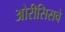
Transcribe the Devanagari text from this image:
ओरीसिसचे